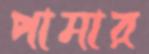
পামার